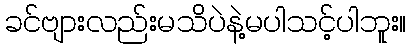
ခင်ဗျားလည်းမသိပဲနဲ့မပါသင့်ပါဘူး။